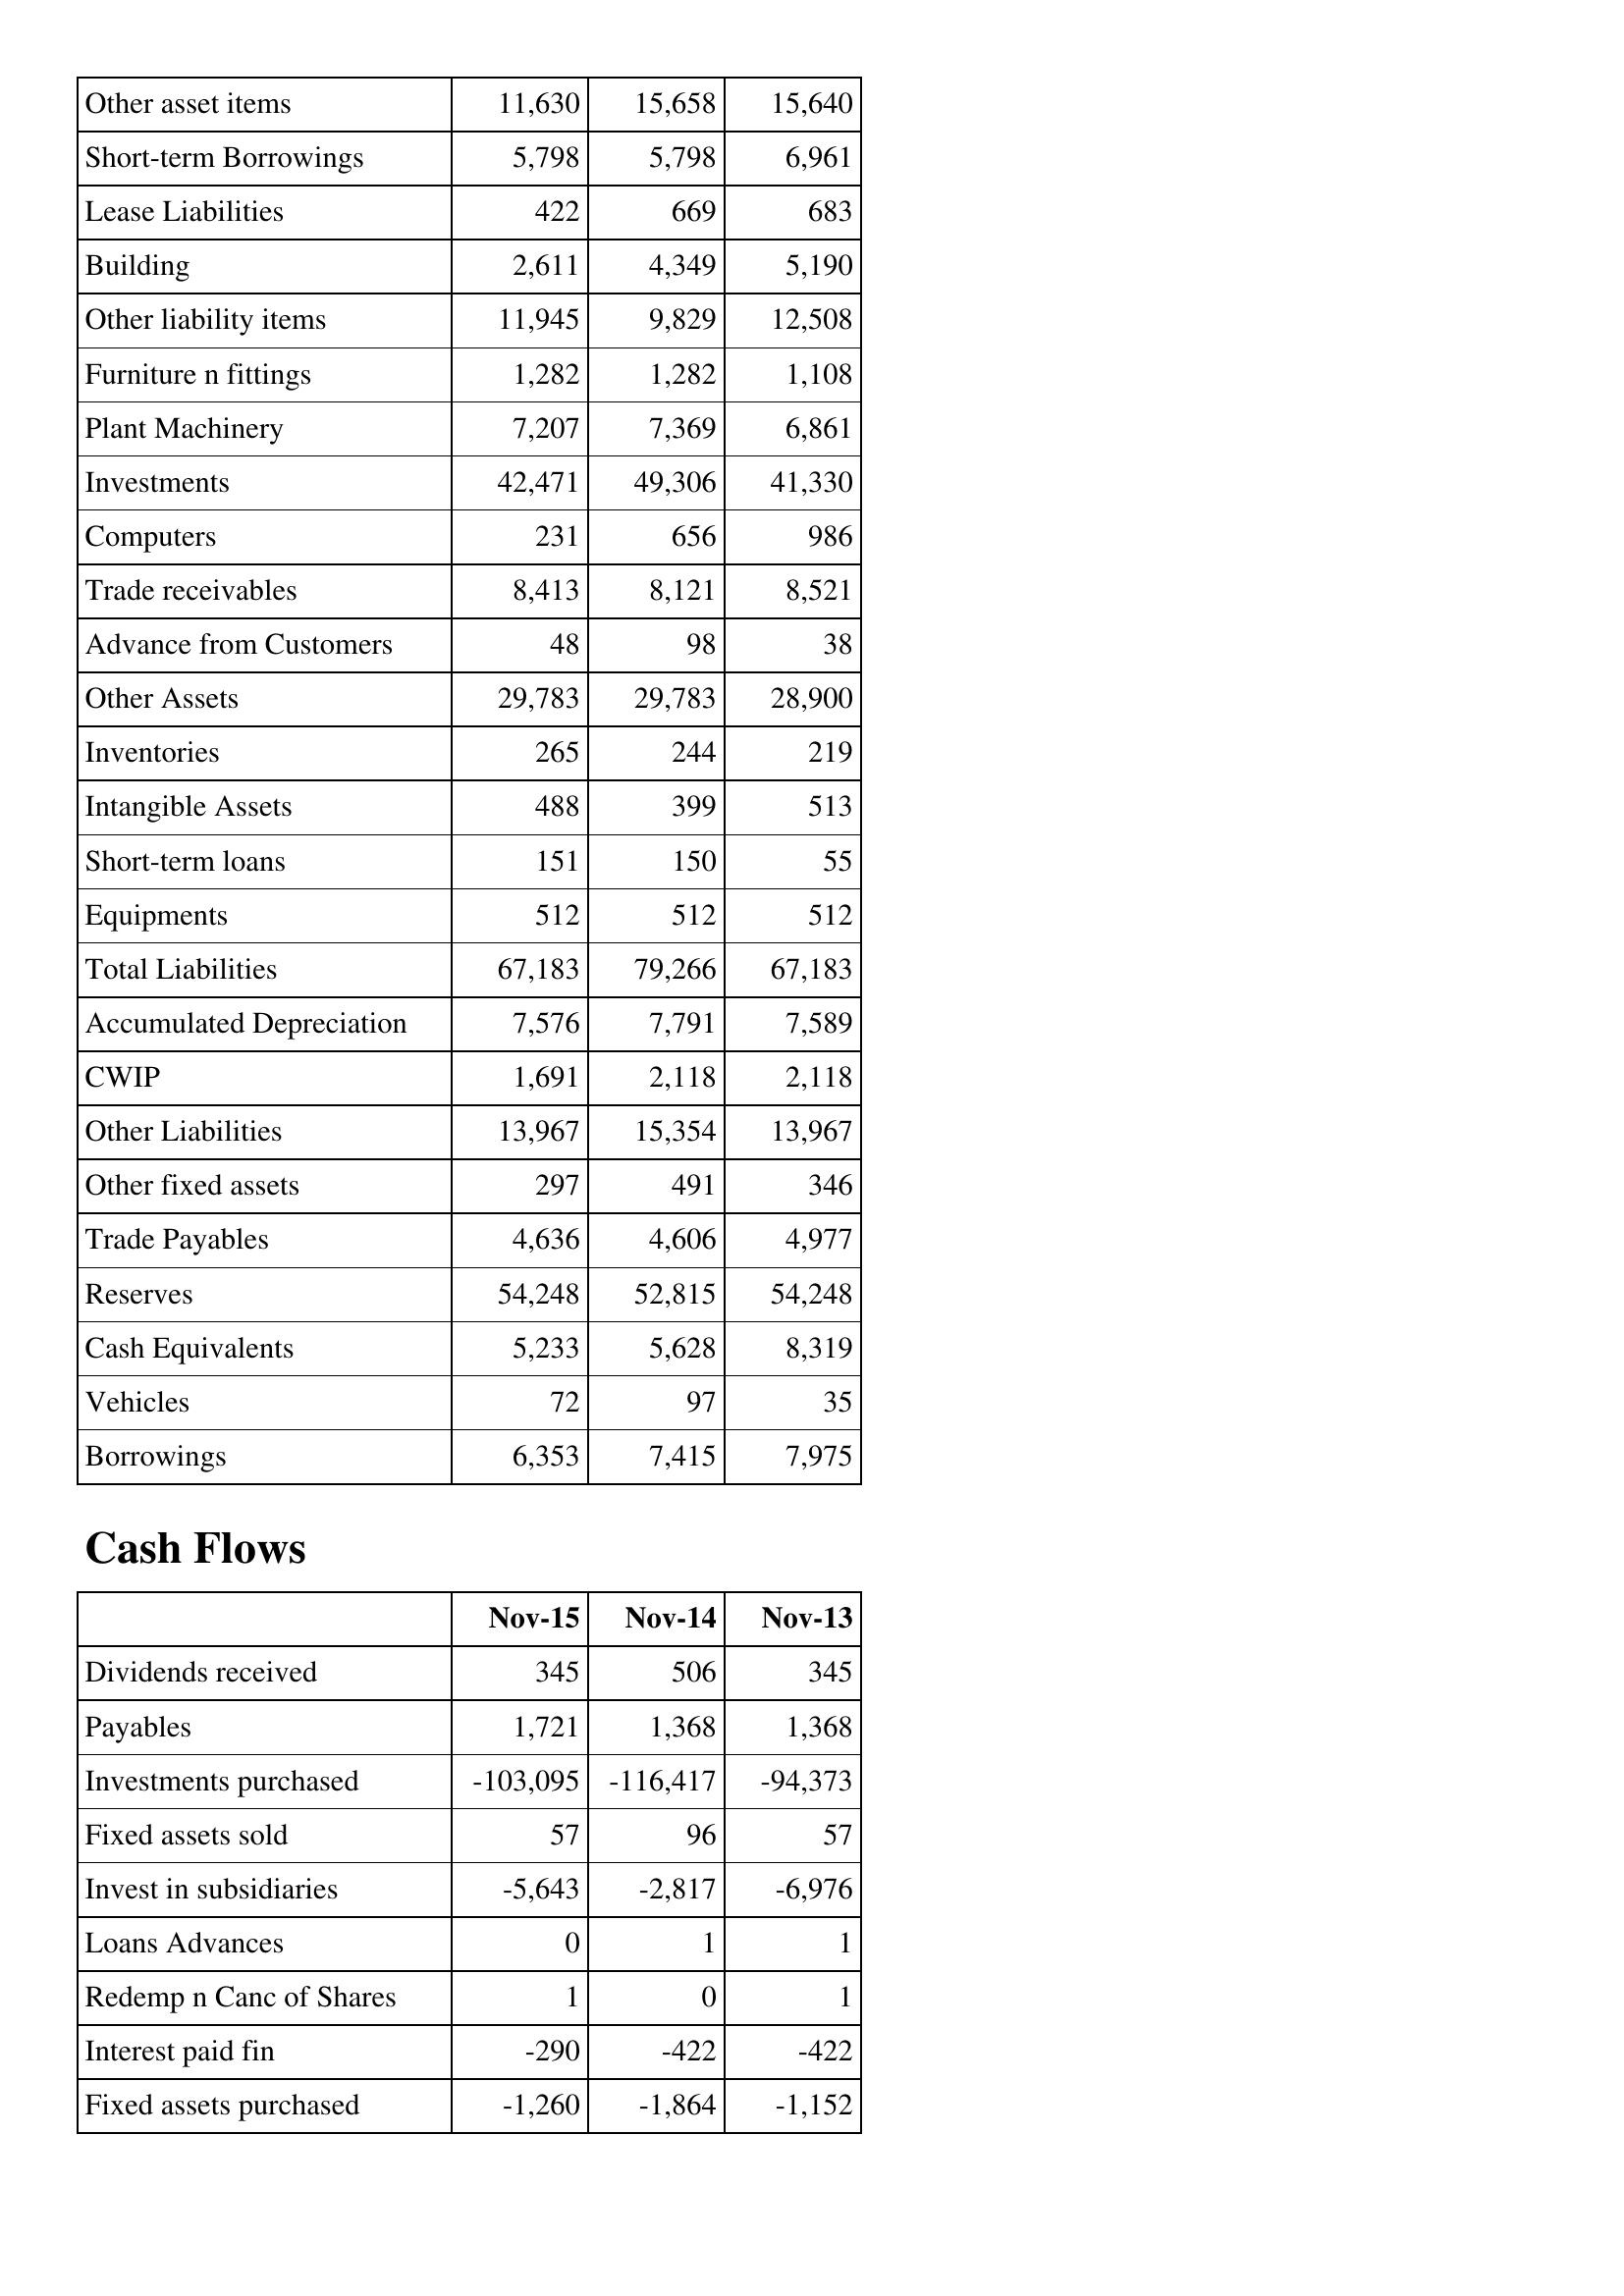
Nov-15: Balance Sheet: Other asset items: 11,630
Short-term Borrowings: 5,798
Lease Liabilities: 422
Building: 2,611
Other liability items: 11,945
Furniture n fittings: 1,282
Plant Machinery: 7,207
Investments: 42,471
Computers: 231
Trade receivables: 8,413
Advance from Customers: 48
Other Assets: 29,783
Inventories: 265
Intangible Assets: 488
Short-term loans: 151
Equipments: 512
Total Liabilities: 67,183
Accumulated Depreciation: 7,576
CWIP: 1,691
Other Liabilities: 13,967
Other fixed assets: 297
Trade Payables: 4,636
Reserves: 54,248
Cash Equivalents: 5,233
Vehicles: 72
Borrowings: 6,353
Cash Flows: Dividends received: 345
Payables: 1,721
Investments purchased: -103,095
Fixed assets sold: 57
Invest in subsidiaries: -5,643
Loans Advances: 0
Redemp n Canc of Shares: 1
Interest paid fin: -290
Fixed assets purchased: -1,260
Nov-14: Balance Sheet: Other asset items: 15,658
Short-term Borrowings: 5,798
Lease Liabilities: 669
Building: 4,349
Other liability items: 9,829
Furniture n fittings: 1,282
Plant Machinery: 7,369
Investments: 49,306
Computers: 656
Trade receivables: 8,121
Advance from Customers: 98
Other Assets: 29,783
Inventories: 244
Intangible Assets: 399
Short-term loans: 150
Equipments: 512
Total Liabilities: 79,266
Accumulated Depreciation: 7,791
CWIP: 2,118
Other Liabilities: 15,354
Other fixed assets: 491
Trade Payables: 4,606
Reserves: 52,815
Cash Equivalents: 5,628
Vehicles: 97
Borrowings: 7,415
Cash Flows: Dividends received: 506
Payables: 1,368
Investments purchased: -116,417
Fixed assets sold: 96
Invest in subsidiaries: -2,817
Loans Advances: 1
Redemp n Canc of Shares: 0
Interest paid fin: -422
Fixed assets purchased: -1,864
Nov-13: Balance Sheet: Other asset items: 15,640
Short-term Borrowings: 6,961
Lease Liabilities: 683
Building: 5,190
Other liability items: 12,508
Furniture n fittings: 1,108
Plant Machinery: 6,861
Investments: 41,330
Computers: 986
Trade receivables: 8,521
Advance from Customers: 38
Other Assets: 28,900
Inventories: 219
Intangible Assets: 513
Short-term loans: 55
Equipments: 512
Total Liabilities: 67,183
Accumulated Depreciation: 7,589
CWIP: 2,118
Other Liabilities: 13,967
Other fixed assets: 346
Trade Payables: 4,977
Reserves: 54,248
Cash Equivalents: 8,319
Vehicles: 35
Borrowings: 7,975
Cash Flows: Dividends received: 345
Payables: 1,368
Investments purchased: -94,373
Fixed assets sold: 57
Invest in subsidiaries: -6,976
Loans Advances: 1
Redemp n Canc of Shares: 1
Interest paid fin: -422
Fixed assets purchased: -1,152